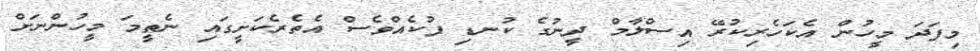
މިފަދަ މީހުން އެކަހެރިކުރޭ އިސްލާމް ދީނުގެ ކުނޑި ފުކެއްވެސް އެތެރެކަށީގައި ނެތީމަ މީހުންނަށް